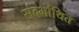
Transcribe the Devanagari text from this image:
संदर्भाथित